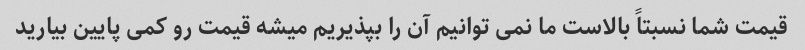
قیمت شما نسبتاً بالاست ما نمی توانیم آن را بپذیریم میشه قیمت رو کمی پایین بیارید